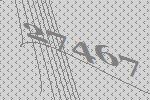
27467